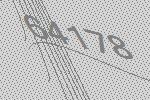
64178